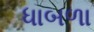
ધાબળા